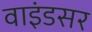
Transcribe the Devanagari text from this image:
वाइंडसर